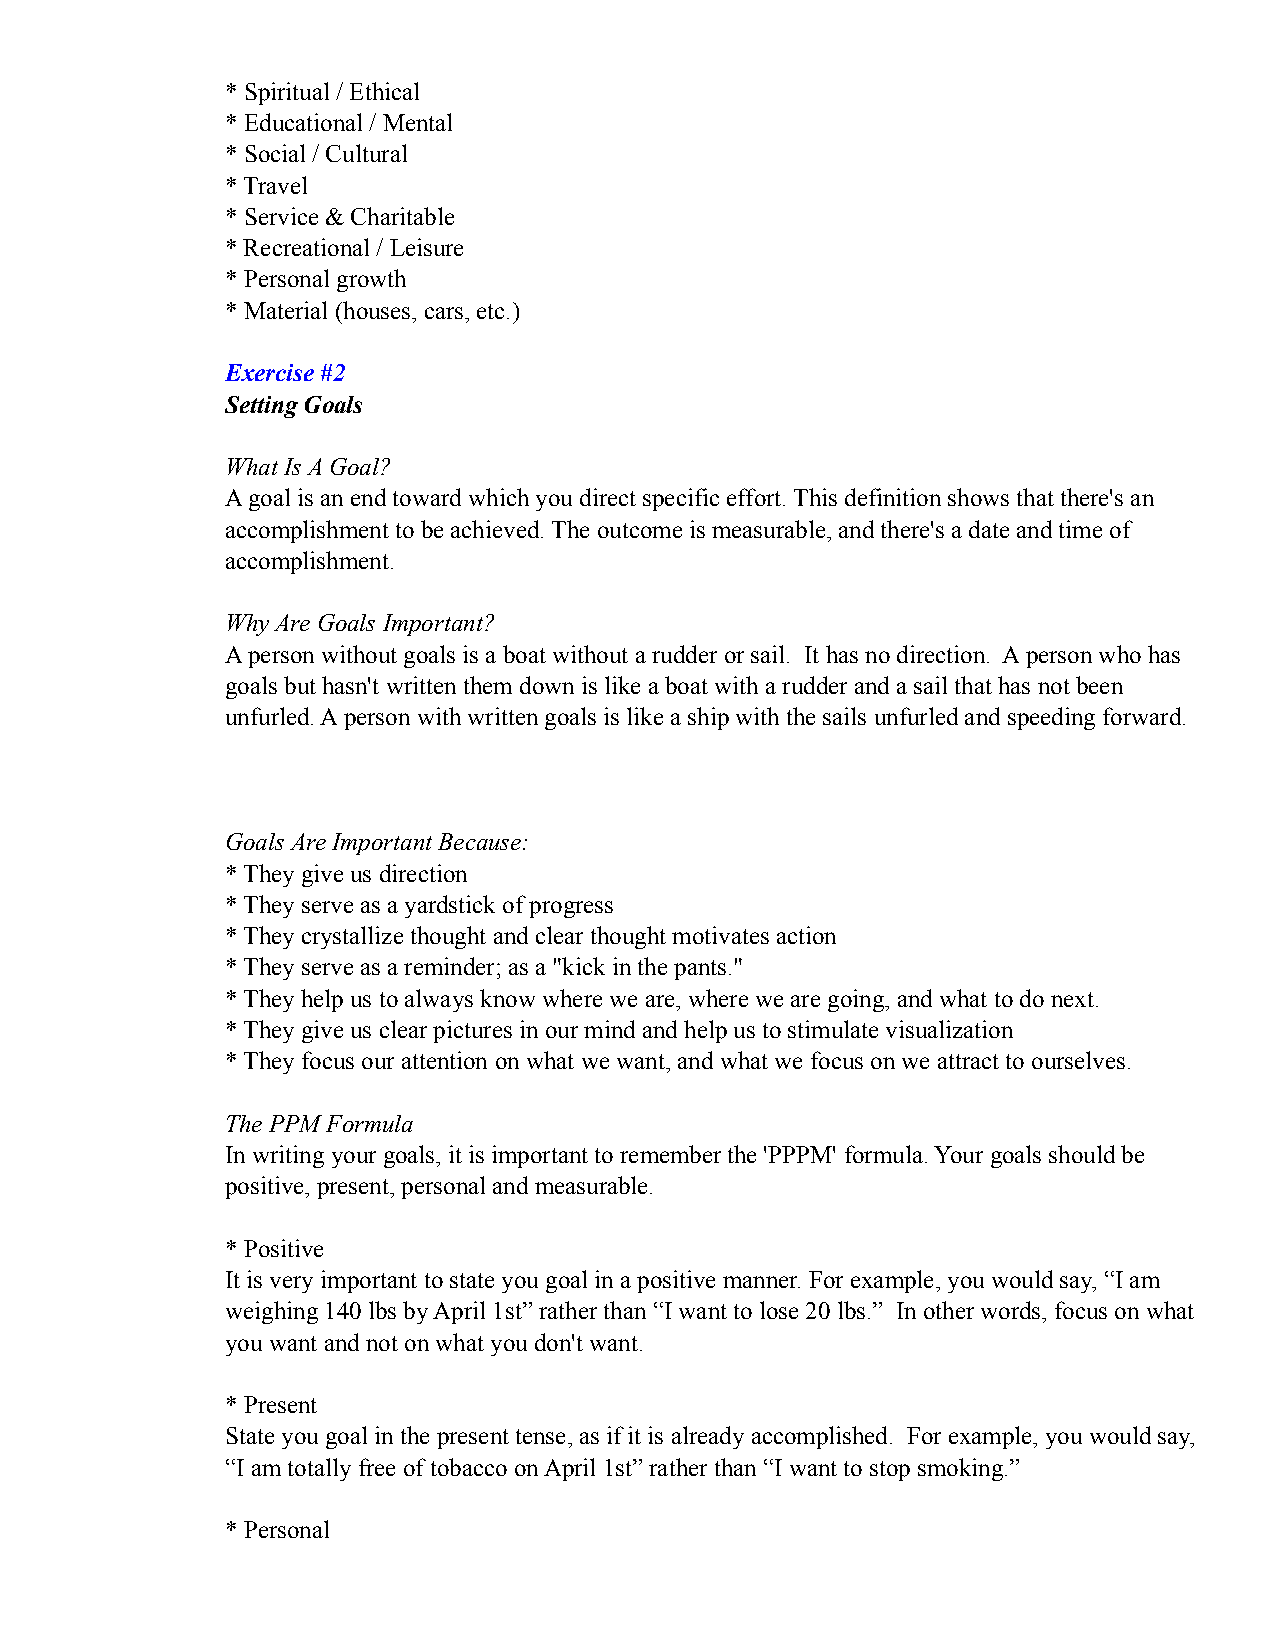
* Spiritual / Ethical
 * Educational / Mental
 * Social / Cultural
 * Travel
 * Service & Charitable
 * Recreational / Leisure
 * Personal growth
 * Material (houses, cars, etc.)
 Exercise #2
 Setting Goals
 What Is A Goal?
 A goal is an end toward which you direct specific effort. This definition shows that there's an
 accomplishment to be achieved. The outcome is measurable, and there's a date and time of
 accomplishment.
 Why Are Goals Important?
 A person without goals is a boat without a rudder or sail. It has no direction. A person who has
 goals but hasn't written them down is like a boat with a rudder and a sail that has not been
 unfurled. A person with written goals is like a ship with the sails unfurled and speeding forward.
 Goals Are Important Because:
 * They give us direction
 * They serve as a yardstick of progress
 * They crystallize thought and clear thought motivates action
 * They serve as a reminder; as a "kick in the pants."
 * They help us to always know where we are, where we are going, and what to do next.
 * They give us clear pictures in our mind and help us to stimulate visualization
 * They focus our attention on what we want, and what we focus on we attract to ourselves.
 The PPM Formula
 In writing your goals, it is important to remember the 'PPPM' formula. Your goals should be
 positive, present, personal and measurable.
 * Positive
 It is very important to state you goal in a positive manner. For example, you would say, “I am
 weighing 140 lbs by April 1st” rather than “I want to lose 20 lbs.” In other words, focus on what
 you want and not on what you don't want.
 * Present
 State you goal in the present tense, as if it is already accomplished. For example, you would say,
 “I am totally free of tobacco on April 1st” rather than “I want to stop smoking.”
 * Personal